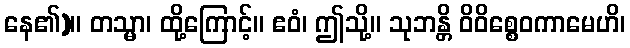
နေ၏)။ တသ္မာ၊ ထို့ကြောင့်။ ဧဝံ၊ ဤသို့။ သုဘန္တိ ဝိဝိစ္စေဝကာမေဟိ၊